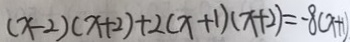
( x - 2 ) ( x + 2 ) + 2 ( x + 1 ) ( x + 2 ) = - 8 ( x + 1 )